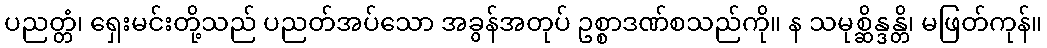
ပညတ္တံ၊ ရှေးမင်းတို့သည် ပညတ်အပ်သော အခွန်အတုပ် ဥစ္စာဒဏ်စသည်ကို။ န သမုစ္ဆိန္ဒန္တိ၊ မဖြတ်ကုန်။